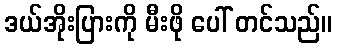
ဒယ်အိုးပြားကို မီးဖို ပေါ် တင်သည်။